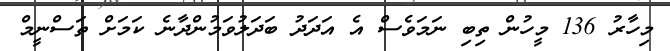
މިހާރު 136 މީހުން ތިބި ނަމަވެސް އެ އަދަދު ބަދަލުވަމުންދާނެ ކަމަށް ތަސްނީމް